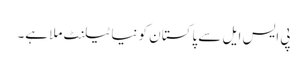
پی ایس ایل سے پاکستان کو نیا ٹیلنٹ ملا ہے۔